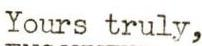
Yours truly,